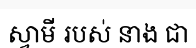
ស្វាមី របស់ នាង ជា